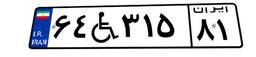
۷۵W۴۸۸۸۴